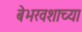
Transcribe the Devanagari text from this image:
बेभरवशाच्या